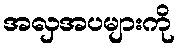
အလှအပများကို